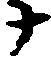
十